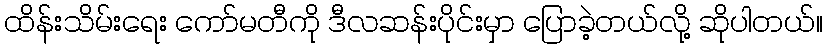
ထိန်းသိမ်းရေး ကော်မတီကို ဒီလဆန်းပိုင်းမှာ ပြောခဲ့တယ်လို့ ဆိုပါတယ်။